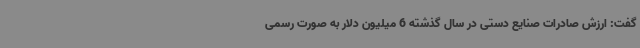
گفت: ارزش صادرات صنایع دستی در سال گذشته 6 میلیون دلار به صورت رسمی